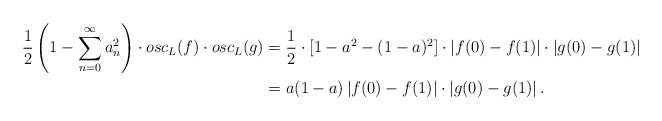
\begin{align*}\frac{1}{2}\left(1-\sum^{\infty}_{n=0}{a^2_n}\right)\cdot osc_L(f)\cdot osc_L(g)&=\frac{1}{2}\cdot [1-a^2-(1-a)^2]\cdot \left|f(0)-f(1)\right|\cdot\left|g(0)-g(1)\right|\\&=a(1-a)\left|f(0)-f(1)\right|\cdot\left|g(0)-g(1)\right|.\end{align*}